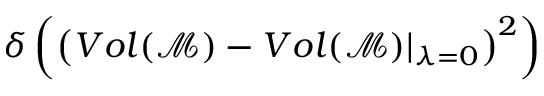
\delta \left( \left( V o l ( \mathcal { M } ) - V o l ( \mathcal { M } ) \vert _ { \lambda = 0 } \right) ^ { 2 } \right)